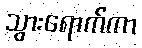
သွားရောက်ကာ